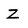
Character: z